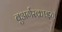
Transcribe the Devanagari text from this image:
बुअर्गरक्राइग